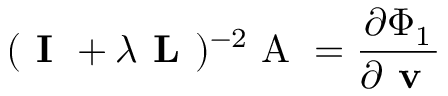
( \textbf { I } + \lambda \textbf { L } ) ^ { - 2 } \mathrm { ~ A ~ } = \frac { \partial \Phi _ { 1 } } { \partial \textbf { v } }